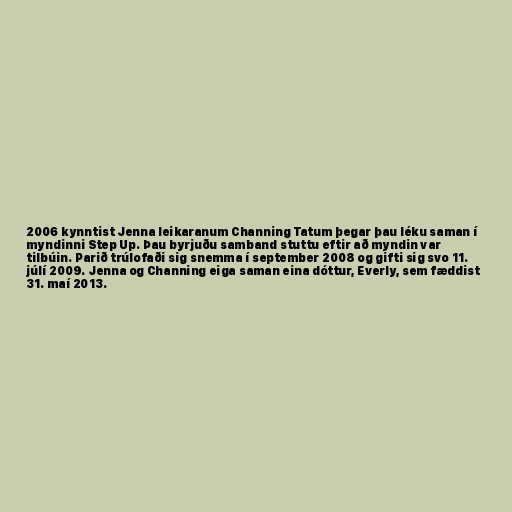
2006 kynntist Jenna leikaranum Channing Tatum þegar þau léku saman í
myndinni Step Up. Þau byrjuðu samband stuttu eftir að myndin var
tilbúin. Parið trúlofaði sig snemma í september 2008 og gifti sig svo 11.
júlí 2009. Jenna og Channing eiga saman eina dóttur, Everly, sem fæddist
31. maí 2013.